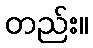
တည်း။